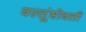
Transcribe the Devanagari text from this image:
वस्तूंभोवती